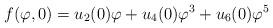
LaTeX: \begin{align*}f(\varphi ,0)=u_{2}(0)\varphi +u_{4}(0)\varphi ^{3}+u_{6}(0)\varphi ^{5}\end{align*}